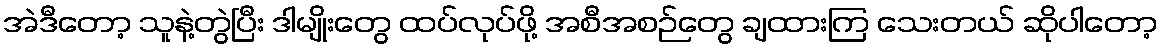
အဲဒီတော့ သူနဲ့တွဲပြီး ဒါမျိုးတွေ ထပ်လုပ်ဖို့ အစီအစဉ်တွေ ချထားကြ သေးတယ် ဆိုပါတော့